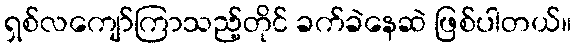
ရှစ်လကျော်ကြာသည့်တိုင် ခက်ခဲနေဆဲ ဖြစ်ပါတယ်။